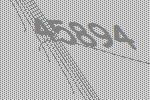
45894